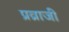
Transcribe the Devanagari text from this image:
प्रव्राजी